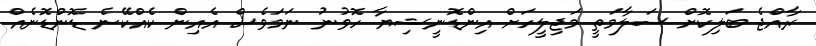
ރާއްޖެ ބަލިކޮށް ސަލާމަތީ މަޖިލީހަށް އިންޑޮނީޝިޔާ ހޮވުނު ނަމަވެސް އެއިން ކެއްކޭނެ ޑޮންޑޮނެއް